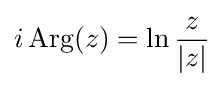
i\operatorname {Arg} (z)=\ln {\frac {z}{|z|}}